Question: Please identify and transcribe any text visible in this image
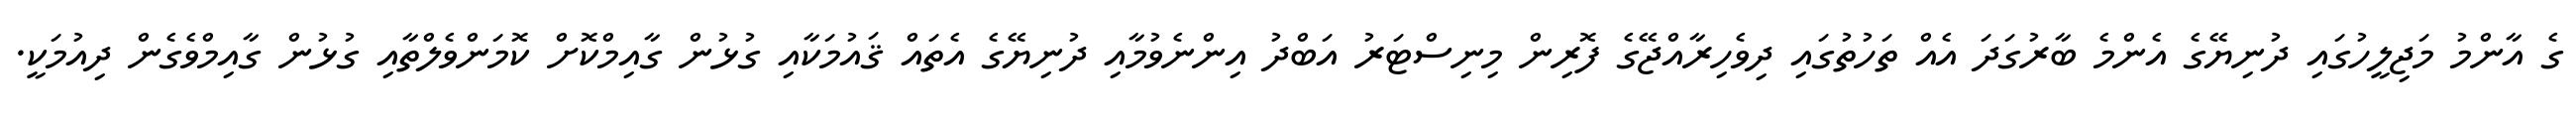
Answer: ގެ އާންމު މަޖިލީހުގައި ދުނިޔޭގެ އެންމެ ބާރުގަދަ އެއް ތަހުތުގައި ދިވެހިރާއްޖޭގެ ފޮރިން މިނިސްޓަރު އަބްދު އިންނެވުމާއި ދުނިޔޭގެ އެތައް ޤައުމަކާއި ގުޅުން ގާއިމްކޮށް ކޮމަންވެލްތާއި ގުޅުން ގާއިމްވެގެން ދިއުމަކީ.